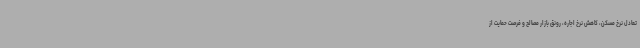
تعادل نرخ مسکن، کاهش نرخ اجاره، رونق بازار مصالح و فرصت حمایت از